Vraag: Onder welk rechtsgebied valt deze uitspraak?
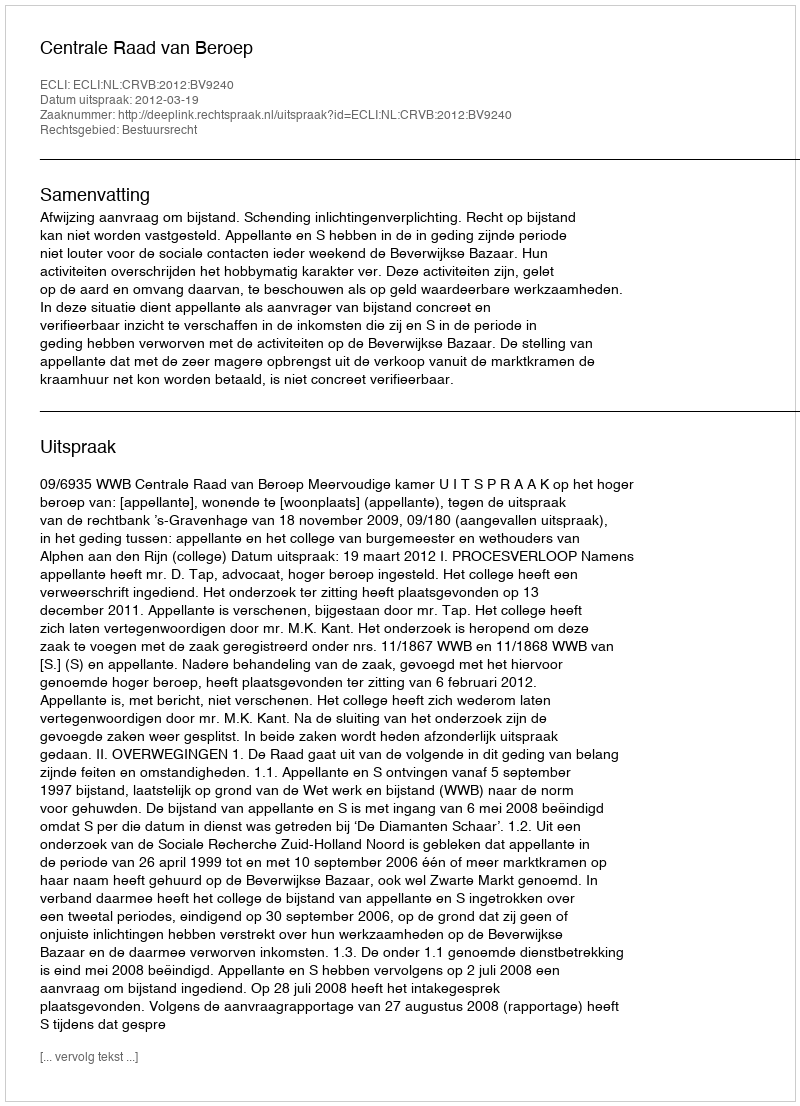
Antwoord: Bestuursrecht